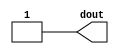
module xlconstant_v1_1_7_xlconstant (dout);
	parameter CONST_VAL = 1;
	parameter CONST_WIDTH = 1;
	output [CONST_WIDTH-1:0] dout;

	assign dout = CONST_VAL;
endmodule